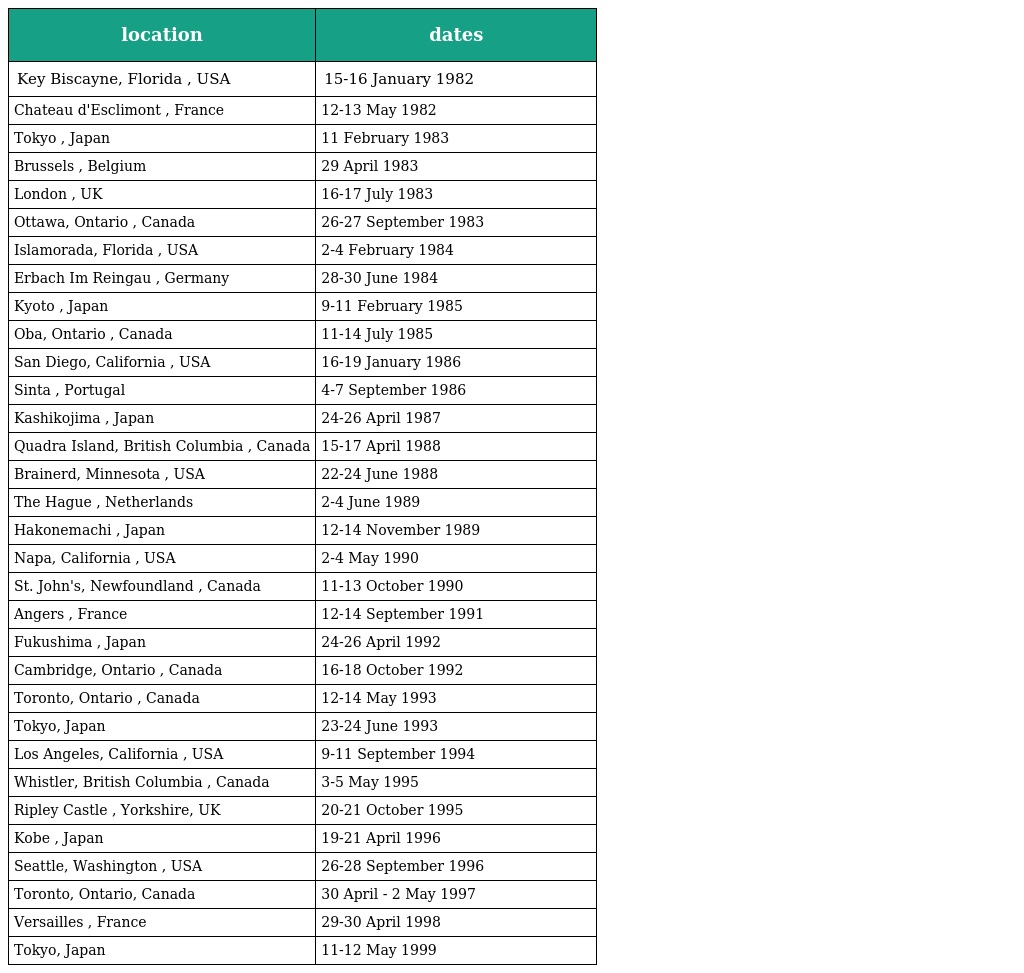
| location | dates |
 | --- | --- |
 | Key Biscayne, Florida , USA | 15-16 January 1982 |
 | Chateau d'Esclimont , France | 12-13 May 1982 |
 | Tokyo , Japan | 11 February 1983 |
 | Brussels , Belgium | 29 April 1983 |
 | London , UK | 16-17 July 1983 |
 | Ottawa, Ontario , Canada | 26-27 September 1983 |
 | Islamorada, Florida , USA | 2-4 February 1984 |
 | Erbach Im Reingau , Germany | 28-30 June 1984 |
 | Kyoto , Japan | 9-11 February 1985 |
 | Oba, Ontario , Canada | 11-14 July 1985 |
 | San Diego, California , USA | 16-19 January 1986 |
 | Sinta , Portugal | 4-7 September 1986 |
 | Kashikojima , Japan | 24-26 April 1987 |
 | Quadra Island, British Columbia , Canada | 15-17 April 1988 |
 | Brainerd, Minnesota , USA | 22-24 June 1988 |
 | The Hague , Netherlands | 2-4 June 1989 |
 | Hakonemachi , Japan | 12-14 November 1989 |
 | Napa, California , USA | 2-4 May 1990 |
 | St. John's, Newfoundland , Canada | 11-13 October 1990 |
 | Angers , France | 12-14 September 1991 |
 | Fukushima , Japan | 24-26 April 1992 |
 | Cambridge, Ontario , Canada | 16-18 October 1992 |
 | Toronto, Ontario , Canada | 12-14 May 1993 |
 | Tokyo, Japan | 23-24 June 1993 |
 | Los Angeles, California , USA | 9-11 September 1994 |
 | Whistler, British Columbia , Canada | 3-5 May 1995 |
 | Ripley Castle , Yorkshire, UK | 20-21 October 1995 |
 | Kobe , Japan | 19-21 April 1996 |
 | Seattle, Washington , USA | 26-28 September 1996 |
 | Toronto, Ontario, Canada | 30 April - 2 May 1997 |
 | Versailles , France | 29-30 April 1998 |
 | Tokyo, Japan | 11-12 May 1999 |